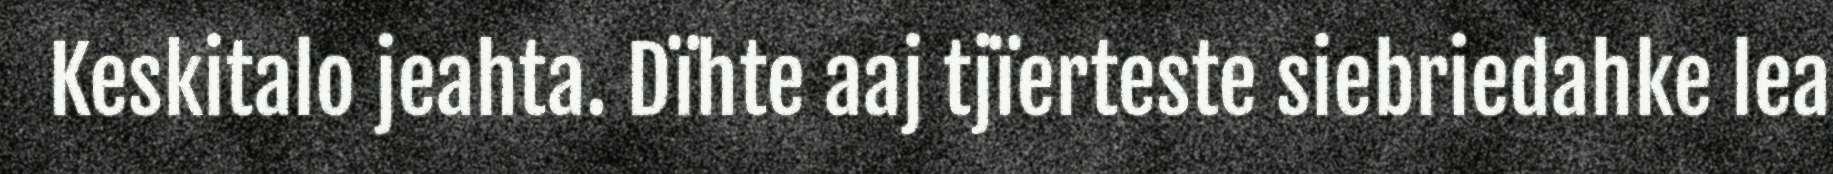
Keskitalo jeahta. Dïhte aaj tjïerteste siebriedahke lea